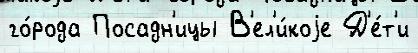
го́рода Посадн'ицы В'ел'и́коjе Д'е́т'и